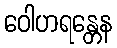
ဝေါဟရန္တေန